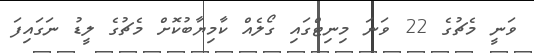
ވަނީ މެޗުގެ 22 ވަނަ މިނިޓްގައި ގޯލެއް ކާމިޔާބުކޮށް މެޗުގެ ލީޑު ނަގައިފަ